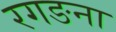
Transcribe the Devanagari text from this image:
रगङना